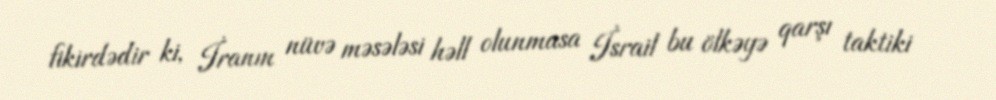
fikirdədir ki, İranın nüvə məsələsi həll olunmasa İsrail bu ölkəyə qarşı taktiki